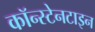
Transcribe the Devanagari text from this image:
कॉन्स्टेनटाइन